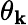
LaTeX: \theta_{\mathbf{k}}